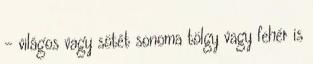
- világos vagy sötét sonoma tölgy vagy fehér is